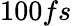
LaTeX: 100fs